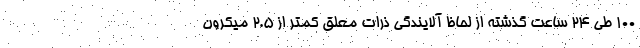
۱۰۰ طی ۲۴ ساعت گذشته از لحاظ آلایندگی ذرات معلق کمتر از ۲.۵ میکرون